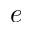
e